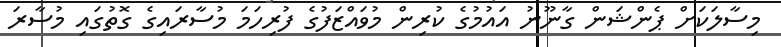
މިސާލަކަށް ޕެންޝަން ގާނޫނު އައުމުގެ ކުރިން މުވައްޒަފުގެ ފުރިހަމަ މުސާރައިގެ ގޮތުގައި މުސާރަ